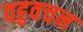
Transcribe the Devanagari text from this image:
वहुवचन